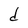
Character: d